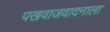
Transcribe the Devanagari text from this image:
पखवाजवादनाला